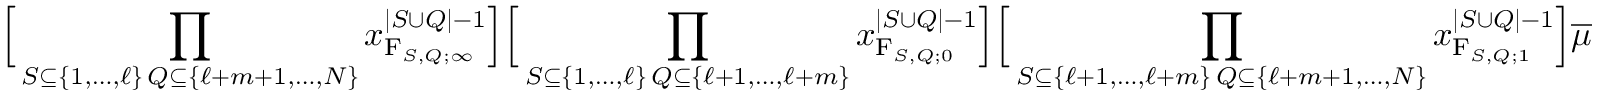
\Big [ \prod _ { \substack { S \subseteq \{ 1 , \ldots , \ell \} \, Q \subseteq \{ \ell + m + 1 , \ldots , N \} } } x _ { \mathrm { F } _ { S , Q ; \infty } } ^ { | S \cup Q | - 1 } \Big ] \Big [ \prod _ { \substack { S \subseteq \{ 1 , \ldots , \ell \} \, Q \subseteq \{ \ell + 1 , \ldots , \ell + m \} } } x _ { \mathrm { F } _ { S , Q ; 0 } } ^ { | S \cup Q | - 1 } \Big ] \Big [ \prod _ { \substack { S \subseteq \{ \ell + 1 , \ldots , \ell + m \} \, Q \subseteq \{ \ell + m + 1 , \ldots , N \} } } x _ { \mathrm { F } _ { S , Q ; 1 } } ^ { | S \cup Q | - 1 } \Big ] \overline { { \mu } }